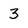
Character: 3